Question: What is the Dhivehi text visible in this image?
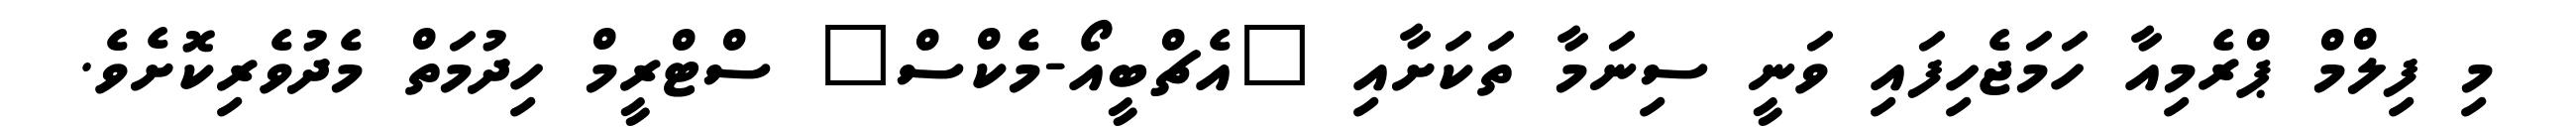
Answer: މި ފިލްމް ޕްރެމިއާ ހަމަޖެހިފައި ވަނީ ސިނަމާ ތަކަށާއި "އެޗްބީއޯ-މެކްސް" ސްޓްރީމް ހިދުމަތް މެދުވެރިކޮށެވެ.